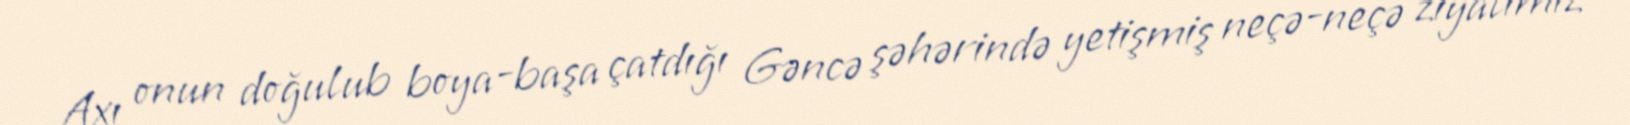
Axı onun doğulub boya-başa çatdığı Gəncə şəhərində yetişmiş neçə-neçə ziyalımız